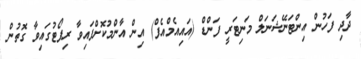
ދާދި ފަހުން އިންޓަނޭޝަނަލް މަނިޓަރީ ފަންޑް (އައިއެމްއެފް) އިން އާންމުކޮށްފައިވާ ރިޕޯޓުގައިވާ ގޮތުން